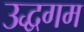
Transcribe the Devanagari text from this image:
उद्धगम